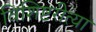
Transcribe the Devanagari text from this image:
विशिष्टरीत्या